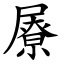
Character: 㞠